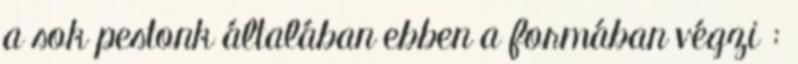
a sok pestonk általában ebben a formában végzi :